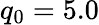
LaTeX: q_{0}=5.0